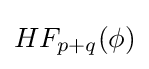
HF_{p+q}(\phi )